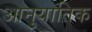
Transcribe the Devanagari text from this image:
आनुयातिक